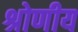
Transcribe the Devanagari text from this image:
श्रोणीय